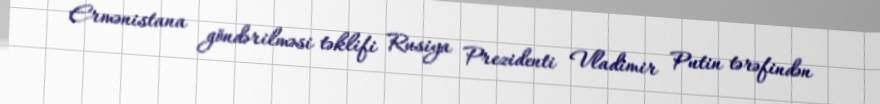
Ermənistana göndərilməsi təklifi Rusiya Prezidenti Vladimir Putin tərəfindən